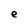
Character: e